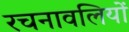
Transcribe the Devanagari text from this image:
रचनावलियों